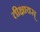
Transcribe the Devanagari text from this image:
तीक्षायस्